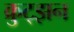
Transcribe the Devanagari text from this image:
क्रुट्झन